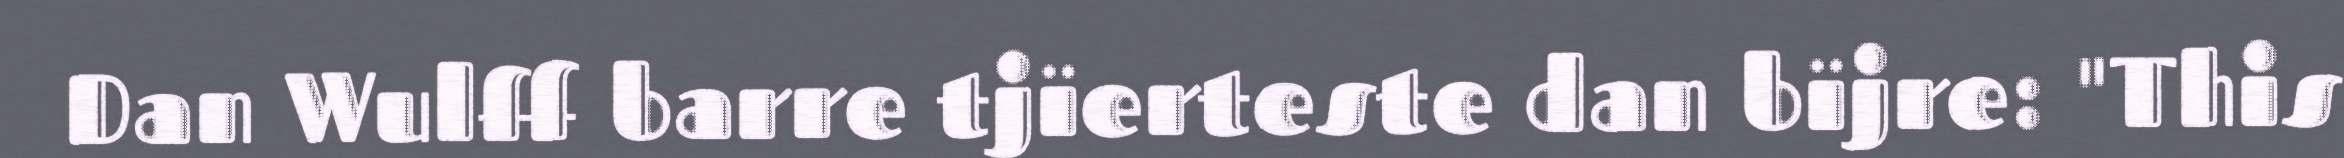
Dan Wulff barre tjïerteste dan bïjre: "This